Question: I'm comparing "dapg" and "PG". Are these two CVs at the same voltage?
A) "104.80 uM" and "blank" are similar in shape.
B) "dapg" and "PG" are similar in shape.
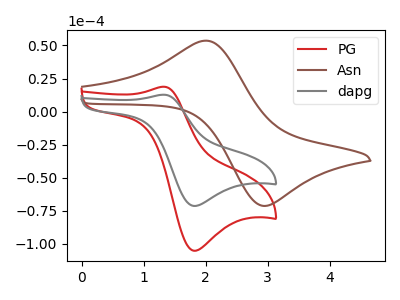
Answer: <think>The red curve "PG" has an anodic peak at (1.30V, 18.80uA) and a cathodic peak at (1.80V, -105.25uA). The brown curve "Asn" has an anodic peak at (2.00V, 53.60uA) and a cathodic peak at (2.90V, -71.10uA). The gray curve "dapg" has an anodic peak at (1.30V, 12.75uA) and a cathodic peak at (1.80V, -71.35uA).
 All the peaks in "dapg" have a peak in "PG" at the same potential. Every peak in "dapg" is lower than every peak in "PG".</think>
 <answer>B) "dapg" and "PG" are similar in shape.</answer>
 <eval>B</eval>